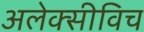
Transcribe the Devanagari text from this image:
अलेक्सीविच